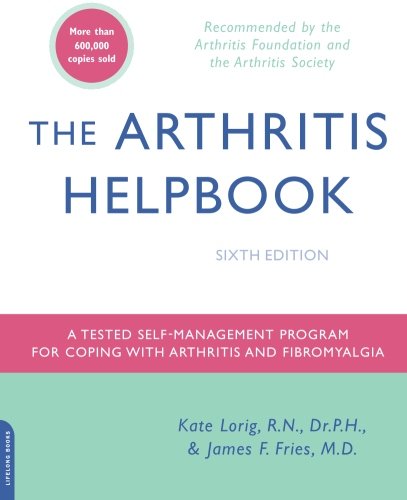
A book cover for The Arthritis Helpbook: A Tested Self-Management Program for Coping with Arthritis and Fibromyalgia; RN Kate Lorig; Health, Fitness & Dieting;